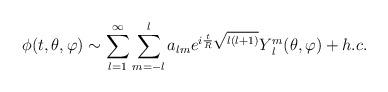
LaTeX: \begin{align*}\phi(t,\theta,\varphi)\sim \sum_{l=1}^{\infty} \sum_{m=-l}^{l} a_{lm} e^{i\frac{t}{R}\sqrt{l(l+1)}} Y_{\;l}^{m}(\theta,\varphi)+ h.c.\end{align*}